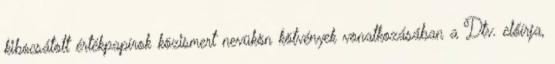
kibocsátott értékpapírok közismert nevükön kötvények vonatkozásában a Dtv. előírja,